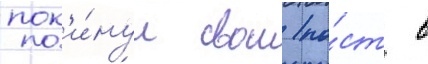
пок'и́нул свои по́ст в